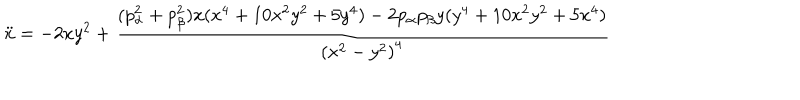
\ddot { x } = - 2 x y ^ { 2 } + { \frac { ( p _ { \alpha } ^ { 2 } + p _ { \beta } ^ { 2 } ) x ( x ^ { 4 } + 1 0 x ^ { 2 } y ^ { 2 } + 5 y ^ { 4 } ) - 2 p _ { \alpha } p _ { \beta } y ( y ^ { 4 } + 1 0 x ^ { 2 } y ^ { 2 } + 5 x ^ { 4 } ) } { \left( x ^ { 2 } - y ^ { 2 } \right) ^ { 4 } } }